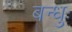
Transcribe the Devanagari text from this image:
बन्धुः